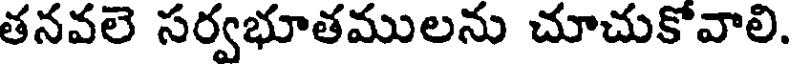
తనవలె సర్వభూతములను చూచుకోవాలి.